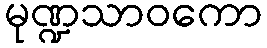
မုဏ္ဍသာဝကော